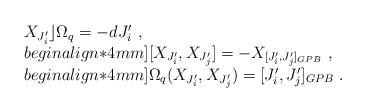
LaTeX: \begin{align*}\begin{array}{l} X_{J_i^\prime}\rfloor \Omega_q=-dJ_i^\prime~,\\begin{align*}4mm] [X_{J_i^\prime},X_{J_j^\prime}]=-X_{[J_i^\prime,J_j^\prime]_{GPB}}~,\\begin{align*}4mm] \Omega_q(X_{J_i^\prime},X_{J_j^\prime})=[J_i^\prime,J_j^\prime]_{GPB}~.\end{array}\end{align*}